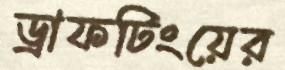
ড্রাফটিংয়ের